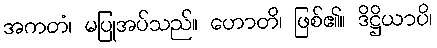
အကတံ၊ မပြုအပ်သည်။ ဟောတိ၊ ဖြစ်၏။ ဒိဋ္ဌိယာပိ၊